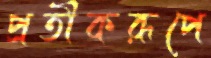
প্রতীকরূপে